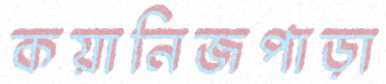
কয়ানিজপাড়া